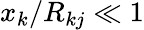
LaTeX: x_{k}/R_{kj}\ll 1